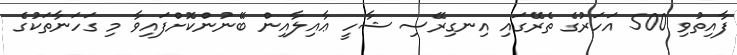
ފާއިތުވި 500 އަހަރުގެ ތެރޭގައި އިނގިރޭސި ޝާހީ ޢާއިލާއިން ބޭނުންކޮށްފައިވާ މި ގަހަނާތަކުގެ